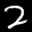
Digit: 2